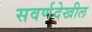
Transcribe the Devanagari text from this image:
सवर्णदेखील